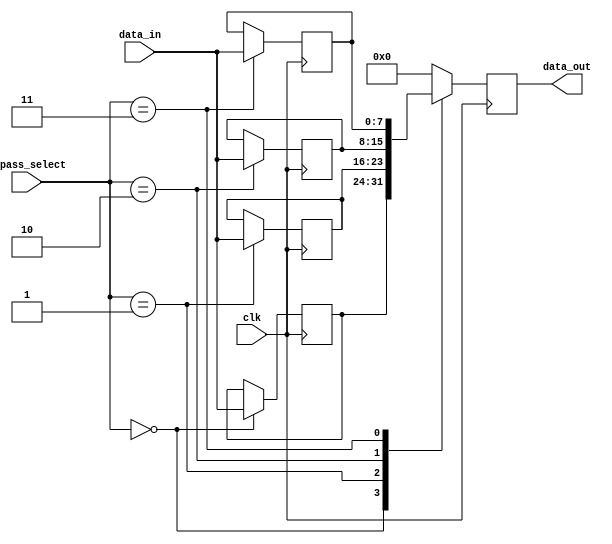
module bypass_register(
    input [3:0] bypass_select,
    input [7:0] data_in,
    input clk,
    output reg [7:0] data_out
);

reg [7:0] bypass_reg [3:0];

always @ (posedge clk) begin
    case (bypass_select)
        4'b0000: data_out <= bypass_reg[0];
        4'b0001: data_out <= bypass_reg[1];
        4'b0010: data_out <= bypass_reg[2];
        4'b0011: data_out <= bypass_reg[3];
        default: data_out <= 8'b0;
    endcase
end

always @ (posedge clk) begin
    bypass_reg[0] <= (bypass_select == 4'b0000) ? data_in : bypass_reg[0];
    bypass_reg[1] <= (bypass_select == 4'b0001) ? data_in : bypass_reg[1];
    bypass_reg[2] <= (bypass_select == 4'b0010) ? data_in : bypass_reg[2];
    bypass_reg[3] <= (bypass_select == 4'b0011) ? data_in : bypass_reg[3];
end

endmodule